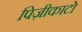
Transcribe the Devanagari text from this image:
पिज़ीकाटो